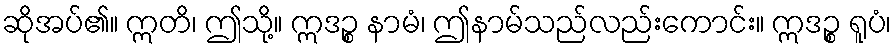
ဆိုအပ်၏။ ဣတိ၊ ဤသို့။ ဣဒဉ္စ နာမံ၊ ဤနာမ်သည်လည်းကောင်း။ ဣဒဉ္စ ရူပံ၊